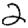
Digit: 2